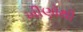
ખીણોથી